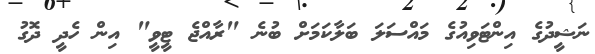
ނަޝީދުގެ އިންޓަވިއުގެ މައްސަލަ ބަލާކަމަށް ބުނެ "ރާއްޖެ ޓީވީ" އިން ހެދީ ދޮގު